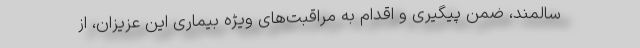
سالمند، ضمن پیگیری و اقدام به مراقبت‌های ویژه بیماری این عزیزان، از